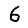
Digit: 6